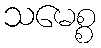
သမေစ္စ